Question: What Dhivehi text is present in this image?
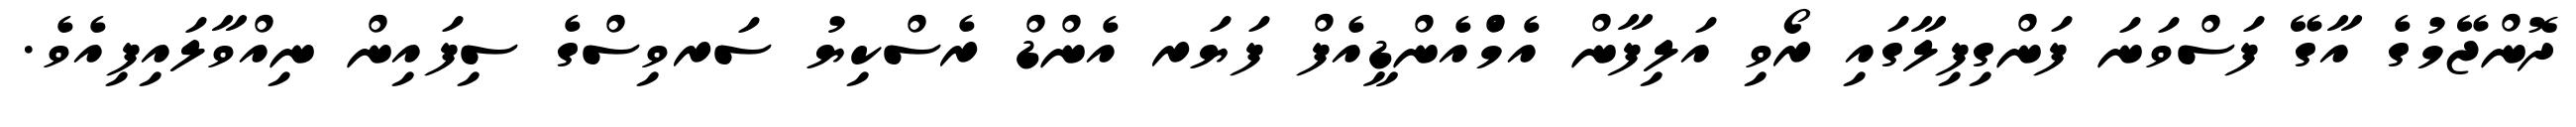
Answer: ދޮންޖޭމުގެ އާގޭ ފަސްވަނަ ފަންގިފިލާގައި ރޯވި އަލިފާން އެމްެއެންޑީއެފް ފަޔަރ އެންޑް ރެސްކިޔު ސަރވިސްގެ ސިފައިން ނިއްވާލައިފިއެވެ.